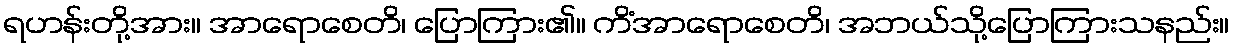
ရဟန်းတို့အား။ အာရောစေတိ၊ ပြောကြား၏။ ကိံအာရောစေတိ၊ အဘယ်သို့ပြောကြားသနည်း။